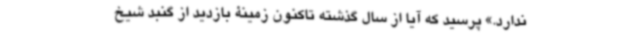
ندارد.» پرسید که آیا از سال گذشته تاکنون زمینۀ بازدید از گنبد شیخ